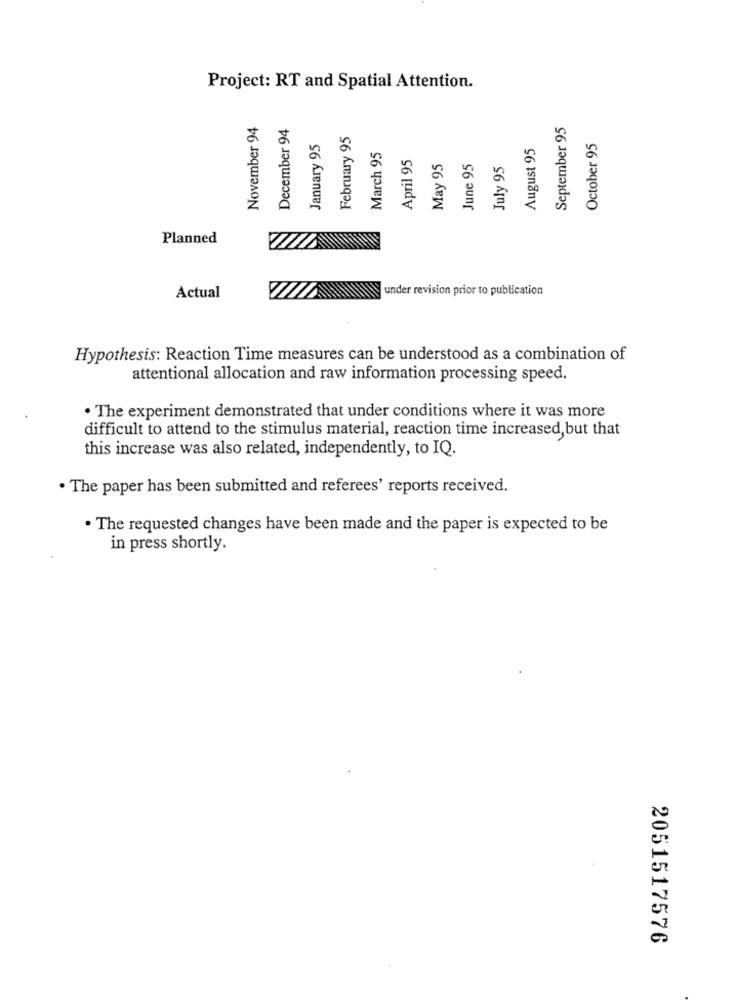
Project: RT and Spatial Attention.
November 94
December 94
September 95
February 95
January 95
August 95
October 95
March 95
April 95
May 95
June 95
July 95
Planned
under revision prior to publication
Actual
Hypothesis: Reaction Time measures can be understood as a combination of
attentional allocation and raw information processing speed.
. The experiment demonstrated that under conditions where it was more
difficult to attend to the stimulus material, reaction time increased,but that
this increase was also related, independently, to IQ.
· The paper has been submitted and referees' reports received.
. The requested changes have been made and the paper is expected to be
in press shortly.
2051517576